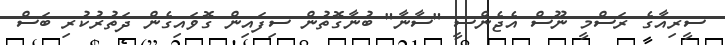
ސީރިއާގެ ރަސްމީ ނޫސް އެޖެންސީ "ސާނާ" ބުނާގޮތުން ސިފައިން ގޮވައިގެން ދަތުރުކުރި ބަސް